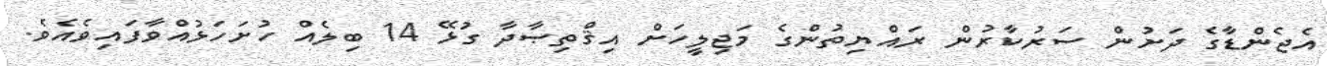
އެޖެންޑާގެ ދަށުން ސަރުކާރުން ރައްޔިތުންގެ މަޖިލީހަށް އިޤްތިޞާދާ ގުޅޭ 14 ބިލެއް ހުށަހަޅުއްވާފައިވެއެވެ.